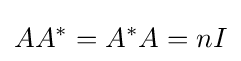
AA^{\ast }=A^{\ast }A=nI